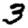
Digit: 3